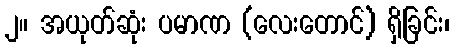
၂။ အယုတ်ဆုံး ပမာဏ (လေးတောင်) ရှိခြင်း၊